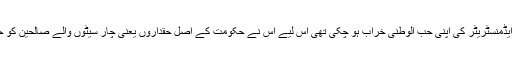
لیکن پھر جب مشرقی پاکستان الگ ہو کر بنگلہ دیش بن گیا تو اس وقت تک چیف مارشل لا ایڈمنسٹریٹر کی اپنی حب الوطنی خراب ہو چکی تھی اس لیے اس نے حکومت کے اصل حقداروں یعنی چار سیٹوں والے صالحین کو حکومت دینے کی بجائے 81 سیٹوں والے بھٹو کو سویلین چیف مارشل لا ایڈمنسٹریٹر بنا دیا۔